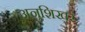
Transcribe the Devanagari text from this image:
अनुशिखर